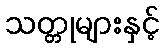
သတ္တုများနှင့်